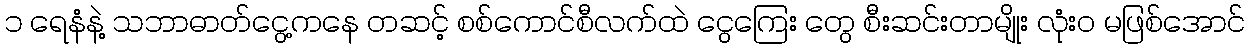
၁ ရေနံနဲ့ သဘာဓာတ်ငွေ့ကနေ တဆင့် စစ်ကောင်စီလက်ထဲ ငွေကြေး တွေ စီးဆင်းတာမျိုး လုံး၀ မဖြစ်အောင်